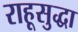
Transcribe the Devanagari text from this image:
राहूसुद्धा